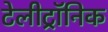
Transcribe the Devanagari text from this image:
टेलीट्रॉनिक